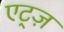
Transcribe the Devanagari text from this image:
एट्ज़